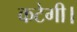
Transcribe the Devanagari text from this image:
कटेगी।